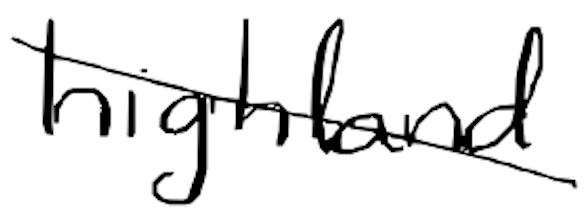
Text: highland
Cross-out: diagonal
Writing tool: digital_black